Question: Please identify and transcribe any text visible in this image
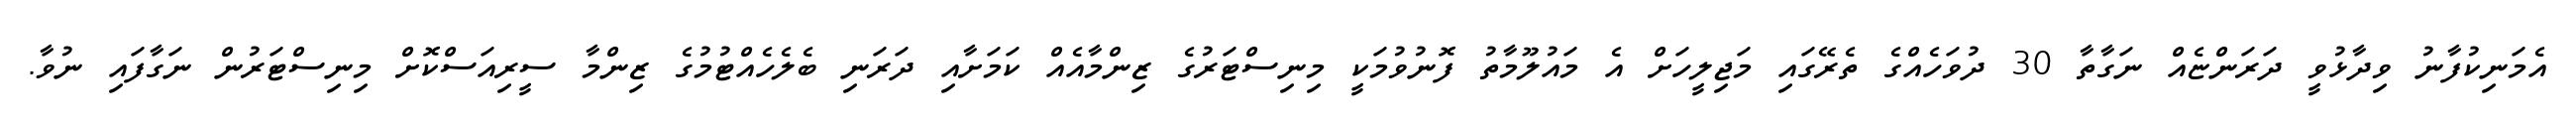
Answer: އެމަނިކުފާނު ވިދާޅުވީ ދަރަންޏެއް ނަގާތާ 30 ދުވަހެއްގެ ތެރޭގައި މަޖިލީހަށް އެ މައުލޫމާތު ފޮނުވުމަކީ މިނިސްޓަރުގެ ޒިންމާއެއް ކަމަށާއި ދަރަނި ބެލެހެއްޓުމުގެ ޒިންމާ ސީރިއަސްކޮށް މިނިސްޓަރުން ނަގާފައި ނުވާ.